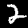
Label: 2